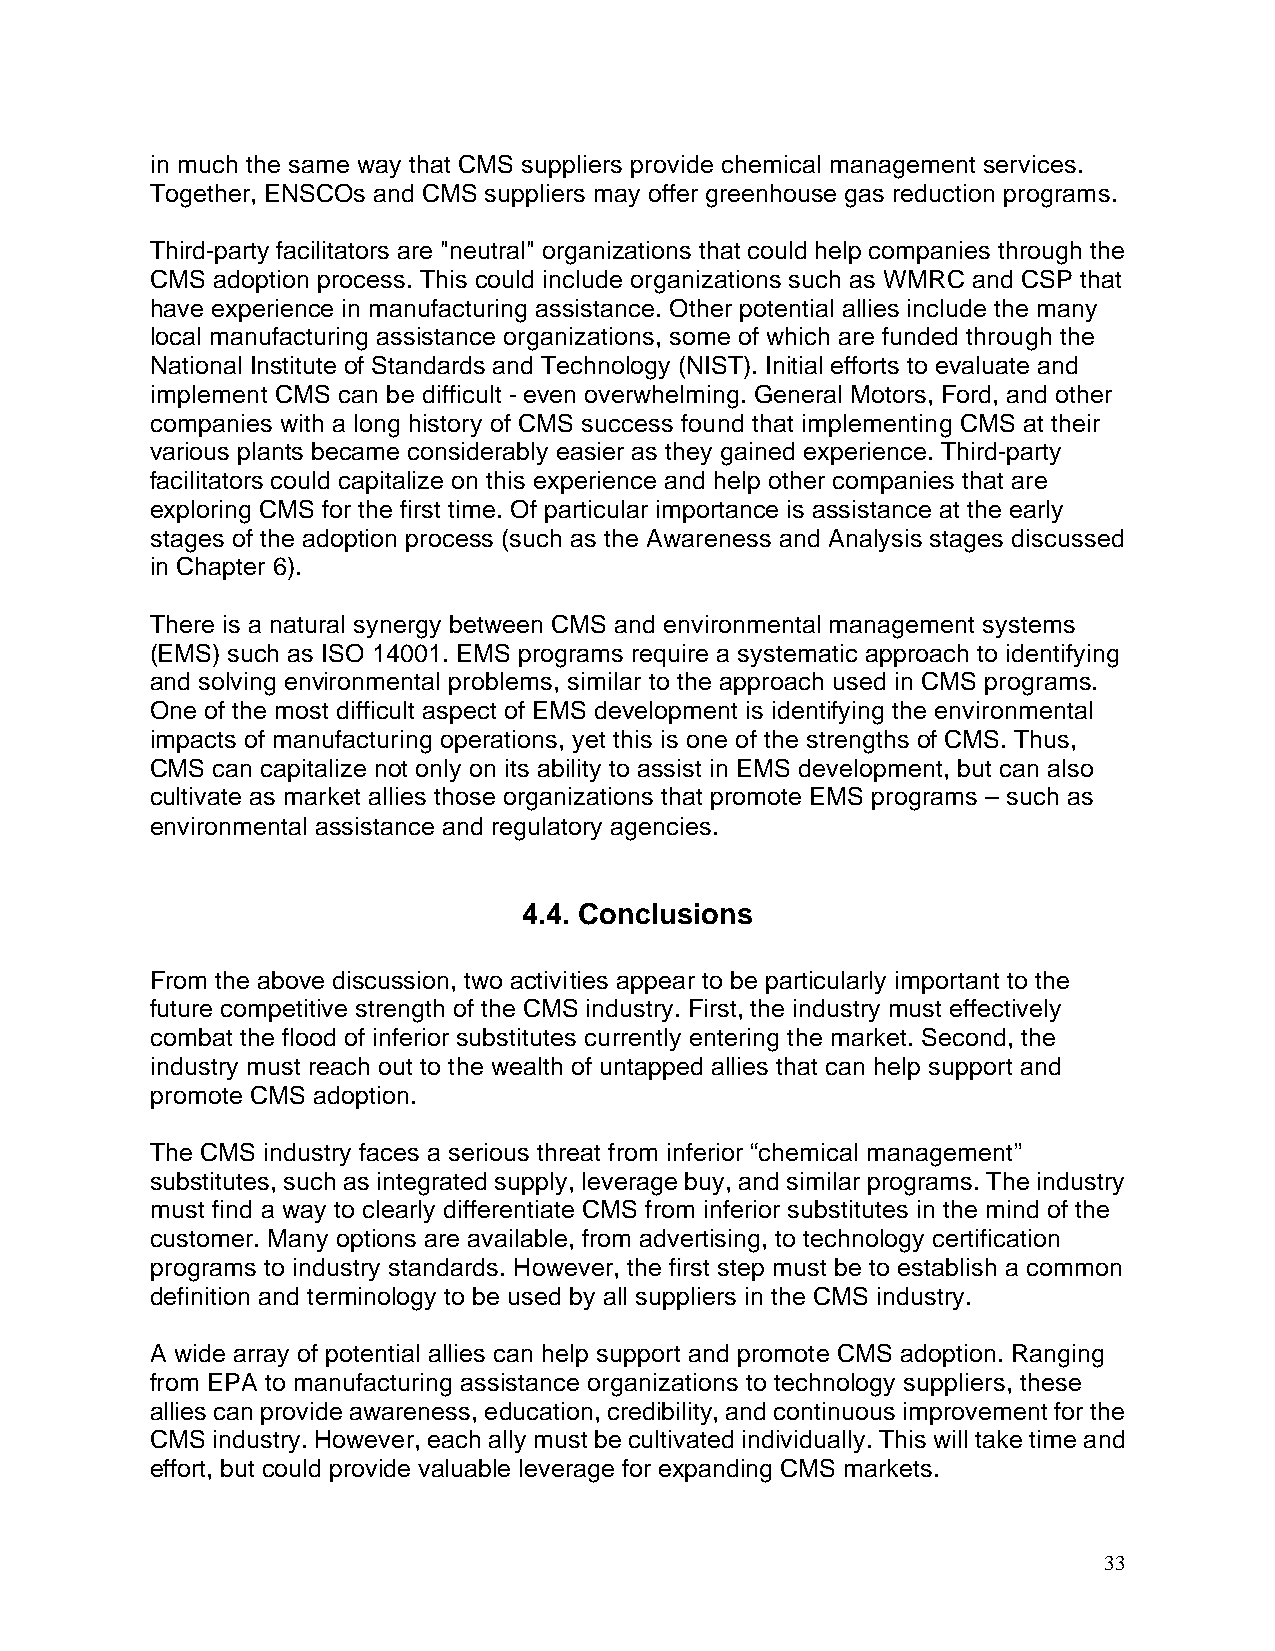
in much the same way that CMS suppliers provide chemical management services.
 Together, ENSCOs and CMS suppliers may offer greenhouse gas reduction programs.
 Third-party facilitators are "neutral" organizations that could help companies through the
 CMS adoption process. This could include organizations such as WMRC and CSP that
 have experience in manufacturing assistance. Other potential allies include the many
 local manufacturing assistance organizations, some of which are funded through the
 National Institute of Standards and Technology (NIST). Initial efforts to evaluate and
 implement CMS can be difficult - even overwhelming. General Motors, Ford, and other
 companies with a long history of CMS success found that implementing CMS at their
 various plants became considerably easier as they gained experience. Third-party
 facilitators could capitalize on this experience and help other companies that are
 exploring CMS for the first time. Of particular importance is assistance at the early
 stages of the adoption process (such as the Awareness and Analysis stages discussed
 in Chapter 6).
 There is a natural synergy between CMS and environmental management systems
 (EMS) such as ISO 14001. EMS programs require a systematic approach to identifying
 and solving environmental problems, similar to the approach used in CMS programs.
 One of the most difficult aspect of EMS development is identifying the environmental
 impacts of manufacturing operations, yet this is one of the strengths of CMS. Thus,
 CMS can capitalize not only on its ability to assist in EMS development, but can also
 cultivate as market allies those organizations that promote EMS programs – such as
 environmental assistance and regulatory agencies.
 4.4. Conclusions
 From the above discussion, two activities appear to be particularly important to the
 future competitive strength of the CMS industry. First, the industry must effectively
 combat the flood of inferior substitutes currently entering the market. Second, the
 industry must reach out to the wealth of untapped allies that can help support and
 promote CMS adoption.
 The CMS industry faces a serious threat from inferior “chemical management”
 substitutes, such as integrated supply, leverage buy, and similar programs. The industry
 must find a way to clearly differentiate CMS from inferior substitutes in the mind of the
 customer. Many options are available, from advertising, to technology certification
 programs to industry standards. However, the first step must be to establish a common
 definition and terminology to be used by all suppliers in the CMS industry.
 A wide array of potential allies can help support and promote CMS adoption. Ranging
 from EPA to manufacturing assistance organizations to technology suppliers, these
 allies can provide awareness, education, credibility, and continuous improvement for the
 CMS industry. However, each ally must be cultivated individually. This will take time and
 effort, but could provide valuable leverage for expanding CMS markets.
 33